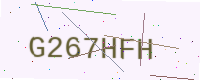
Text: G267HFH